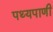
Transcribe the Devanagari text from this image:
पथ्यपाणी